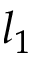
l _ { 1 }